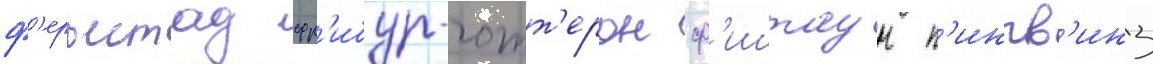
ф'ерьестад фр'ибур-готт'ерон ф'иштаун п'ингв'инз